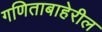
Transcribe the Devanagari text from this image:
गणिताबाहेरील